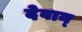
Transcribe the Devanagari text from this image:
देवान्